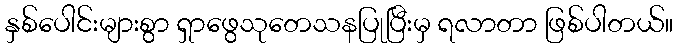
နှစ်ပေါင်းများစွာ ရှာဖွေသုတေသနပြုပြီးမှ ရလာတာ ဖြစ်ပါတယ်။